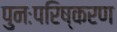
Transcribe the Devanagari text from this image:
पुनःपरिष्करण